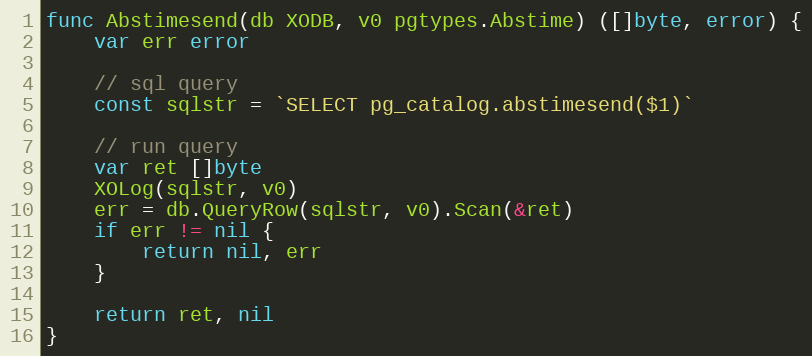
Language: Go
func Abstimesend(db XODB, v0 pgtypes.Abstime) ([]byte, error) {
	var err error

	// sql query
	const sqlstr = `SELECT pg_catalog.abstimesend($1)`

	// run query
	var ret []byte
	XOLog(sqlstr, v0)
	err = db.QueryRow(sqlstr, v0).Scan(&ret)
	if err != nil {
		return nil, err
	}

	return ret, nil
}